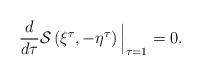
LaTeX: \begin{align*}\left.\begin{array}{ll}\dfrac{d}{d\tau}\mathcal{S}\left(\xi^{\tau},-\eta^{\tau}\right)\Big|_{\tau=1}=0.\end{array}\right.\end{align*}